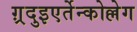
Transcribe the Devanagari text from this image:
ग़्रदुइएर्तेन्कोल्लेग